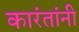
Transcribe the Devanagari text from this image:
कारंतांनी